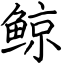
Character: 鲸